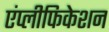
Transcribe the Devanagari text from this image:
एंप्लीफिकेशन